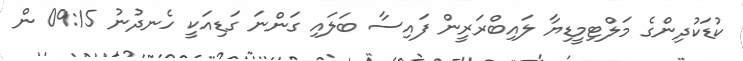
ކުޑަކުދިންގެ މަލްޓިމީޑިޔާ ލައިބްރަރީން ފައިސާ ބަލައި ގަންނަ ގަޑިއަކީ ހެނދުނު 09:15 ން